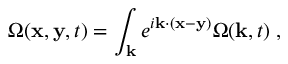
\Omega ( { \bf x } , { \bf y } , t ) = \int _ { { \bf k } } e ^ { i { \bf k } \cdot ( { \bf x } - { \bf y } ) } \Omega ( { \bf k } , t ) \; ,